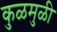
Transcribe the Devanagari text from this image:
कुळमुळी